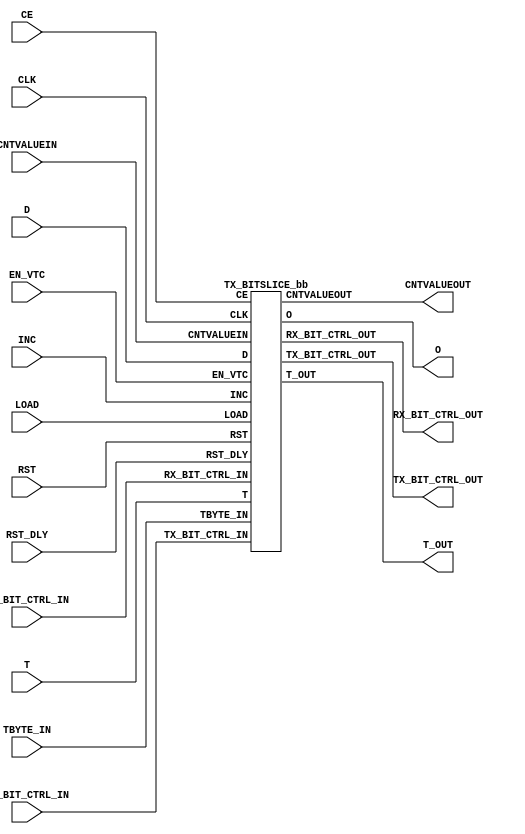
///////////////////////////////////////////////////////////////////////////////
//  Copyright (c) 1995/2015 Xilinx, Inc.
//  All Right Reserved.
///////////////////////////////////////////////////////////////////////////////
//
//   ____   ___
//  /   /\/   / 
// /___/  \  /     Vendor      : Xilinx 
// \   \   \/      Version     : 2015.4
//  \   \          Description : Xilinx Formal Library Component
//  /   /                        
// /___/   /\      Filename    : TX_BITSLICE.v
// \   \  /  \ 
//  \___\/\___\                    
//                                 
///////////////////////////////////////////////////////////////////////////////
//  Revision:
//    10/31/14 - Added inverter functionality for IS_*_INVERTED parameter (CR 828995).
//  End Revision:
///////////////////////////////////////////////////////////////////////////////

`timescale 1 ps / 1 ps 

`celldefine

module TX_BITSLICE #(
  `ifdef XIL_TIMING //Simprim 
  parameter LOC = "UNPLACED",  
  `endif
  parameter integer DATA_WIDTH = 8,
  parameter DELAY_FORMAT = "TIME",
  parameter DELAY_TYPE = "FIXED",
  parameter integer DELAY_VALUE = 0,
  parameter ENABLE_PRE_EMPHASIS = "FALSE",
  parameter [0:0] INIT = 1'b1,
  parameter [0:0] IS_CLK_INVERTED = 1'b0,
  parameter [0:0] IS_RST_DLY_INVERTED = 1'b0,
  parameter [0:0] IS_RST_INVERTED = 1'b0,
  parameter NATIVE_ODELAY_BYPASS = "FALSE",
  parameter OUTPUT_PHASE_90 = "FALSE",
  parameter real REFCLK_FREQUENCY = 300.0,
  parameter SIM_DEVICE = "ULTRASCALE",
  parameter real SIM_VERSION = 2.0,     
  parameter TBYTE_CTL = "TBYTE_IN",
  parameter UPDATE_MODE = "ASYNC"
)(
  output [8:0] CNTVALUEOUT,
  output O,
  output [39:0] RX_BIT_CTRL_OUT,
  output [39:0] TX_BIT_CTRL_OUT,
  output T_OUT,

  input CE,
  input CLK,
  input [8:0] CNTVALUEIN,
  input [7:0] D,
  input EN_VTC,
  input INC,
  input LOAD,
  input RST,
  input RST_DLY,
  input [39:0] RX_BIT_CTRL_IN,
  input T,
  input TBYTE_IN,
  input [39:0] TX_BIT_CTRL_IN
);

   wire CLK_in;
   wire RST_DLY_in;
   wire RST_in;
   
   assign CLK_in = CLK ^ IS_CLK_INVERTED;
   assign RST_DLY_in = RST_DLY ^ IS_RST_DLY_INVERTED;
   assign RST_in = RST ^ IS_RST_INVERTED;
   
   TX_BITSLICE_bb inst_bb (
               .CNTVALUEOUT(CNTVALUEOUT),
               .O(O),
               .RX_BIT_CTRL_OUT(RX_BIT_CTRL_OUT),
               .TX_BIT_CTRL_OUT(TX_BIT_CTRL_OUT),
               .T_OUT(T_OUT),
               .CE(CE),
               .CLK(CLK_in),
               .CNTVALUEIN(CNTVALUEIN),
               .D(D),
               .EN_VTC(EN_VTC),
               .INC(INC),
               .LOAD(LOAD),
               .RST(RST_in),
               .RST_DLY(RST_DLY_in),
               .RX_BIT_CTRL_IN(RX_BIT_CTRL_IN),
               .T(T),
               .TBYTE_IN(TBYTE_IN),
               .TX_BIT_CTRL_IN(TX_BIT_CTRL_IN)
               );

endmodule

module TX_BITSLICE_bb (
  output [8:0] CNTVALUEOUT,
  output O,
  output [39:0] RX_BIT_CTRL_OUT,
  output [39:0] TX_BIT_CTRL_OUT,
  output T_OUT,

  input CE,
  input CLK,
  input [8:0] CNTVALUEIN,
  input [7:0] D,
  input EN_VTC,
  input INC,
  input LOAD,
  input RST,
  input RST_DLY,
  input [39:0] RX_BIT_CTRL_IN,
  input T,
  input TBYTE_IN,
  input [39:0] TX_BIT_CTRL_IN
);

endmodule

`endcelldefine